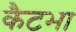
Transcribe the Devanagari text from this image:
कैटभा